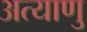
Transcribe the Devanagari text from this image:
अत्याणु